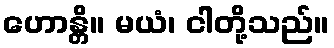
ဟောန္တိ။ မယံ၊ ငါတို့သည်။